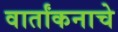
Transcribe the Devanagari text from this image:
वार्तांकनाचे